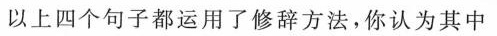
以上四个句子都运用了修辞方法，你认为其中